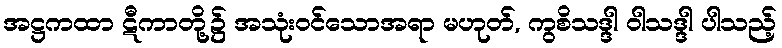
အဋ္ဌကထာ ဋီကာတို့၌ အသုံးဝင်သောအရာ မဟုတ်, ကွစိသဒ္ဒါ ဝါသဒ္ဒါ ပါသည့်